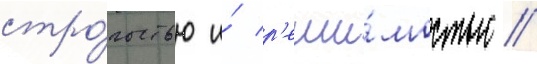
стро́гостью и́ р'еши́мостью //